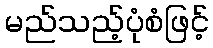
မည်သည့်ပုံစံဖြင့်